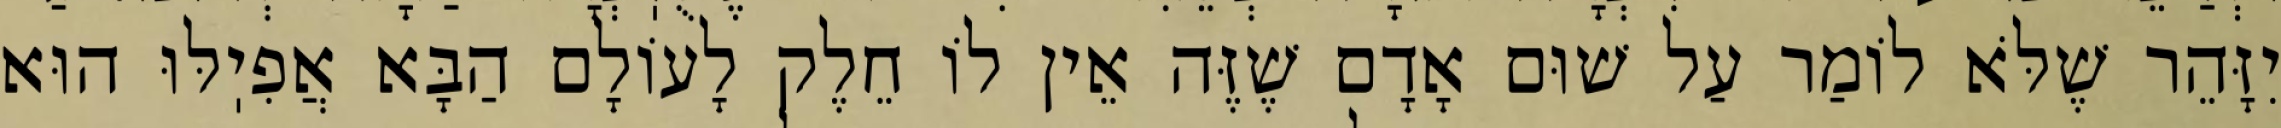
יִזָּהֵר שֶׁלֹּא לוֹמַר עַל שׁוּם אָדָם שֶׁזֶּה אֵין לוֹ חֵלֶק לָעוֹלָם הַבָּא אֲפִיֽלּוּ הוּא